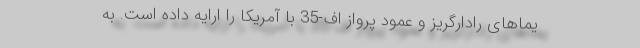
یماهای رادارگریز و عمود پرواز اف-35 با آمریکا را ارایه داده است. به